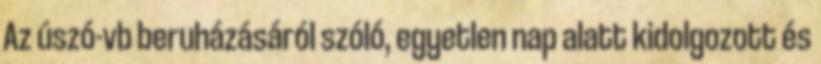
Az úszó-vb beruházásáról szóló, egyetlen nap alatt kidolgozott és